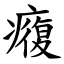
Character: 癁